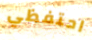
احتفظي